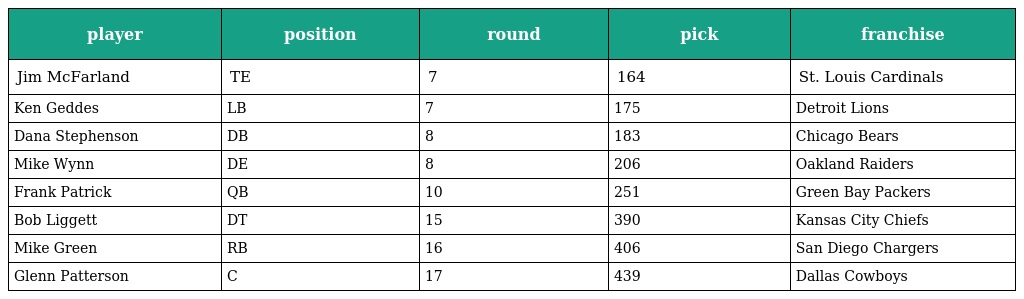
| player | position | round | pick | franchise |
 | --- | --- | --- | --- | --- |
 | Jim McFarland | TE | 7 | 164 | St. Louis Cardinals |
 | Ken Geddes | LB | 7 | 175 | Detroit Lions |
 | Dana Stephenson | DB | 8 | 183 | Chicago Bears |
 | Mike Wynn | DE | 8 | 206 | Oakland Raiders |
 | Frank Patrick | QB | 10 | 251 | Green Bay Packers |
 | Bob Liggett | DT | 15 | 390 | Kansas City Chiefs |
 | Mike Green | RB | 16 | 406 | San Diego Chargers |
 | Glenn Patterson | C | 17 | 439 | Dallas Cowboys |